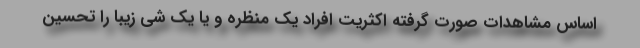
اساس مشاهدات صورت گرفته اکثریت افراد یک منظره و یا یک شی زیبا را تحسین